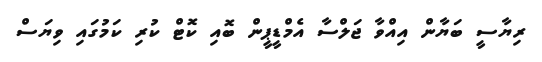
ރިޔާސީ ބަޔާން އިއްވާ ޖަލްސާ އެމްޑީޕީން ބޮއި ކޮޓް ކުރި ކަމުގައި ވިޔަސް